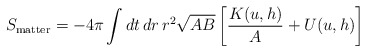
\begin{align*}S_{\rm matter} = -4\pi \int dt\, dr\, r^2 \sqrt{AB} \left[ {K(u,h)\over A} + U(u,h) \right]\end{align*}